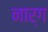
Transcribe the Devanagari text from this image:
नार्ग